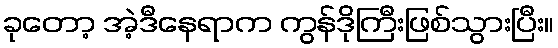
ခုတော့ အဲ့ဒီနေရာက ကွန်ဒိုကြီးဖြစ်သွားပြီး။